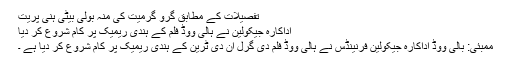
تفصیلات کے مطابق گرو گرمیت کی منہ بولی بیٹی ہنی پریت
اداکارہ جیکولین نے ہالی ووڈ فلم کے ہندی ریمیک پر کام شروع کر دیا
ممبئی: بالی ووڈ اداکارہ جیکولین فرنینڈس نے ہالی ووڈ فلم دی گرل آن دی ٹرین کے ہندی ریمیک پر کام شروع کر دیا ہے ۔